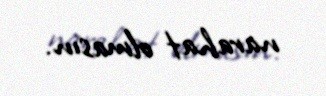
narahat olmasın.